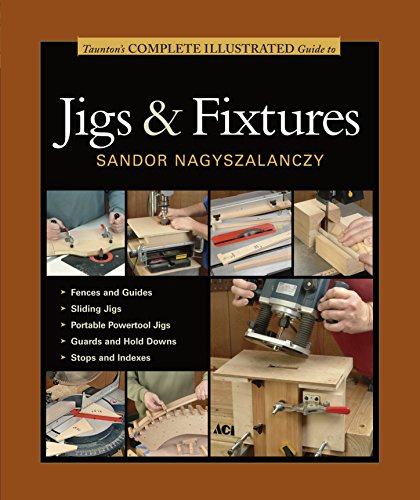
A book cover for Taunton's Complete Illustrated Guide to Jigs & Fixtures (Complete Illustrated Guides (Taunton)); Sandor Nagyszalanczy; Crafts, Hobbies & Home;